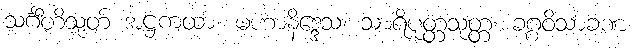
သင်္ဂီတိသုတ် အဋ္ဌကထာ၊ မဟာနိဒ္ဒေသ၊ သာရိပုတ္တသုတ္တ၊ ခဂ္ဂဝိသာခဏ